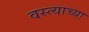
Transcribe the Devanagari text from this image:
वस्त्याच्या